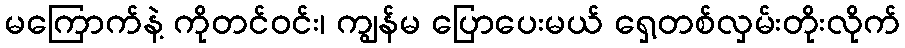
မကြောက်နဲ့ ကိုတင်ဝင်း၊ ကျွန်မ ပြောပေးမယ် ရှေ့တစ်လှမ်းတိုးလိုက်